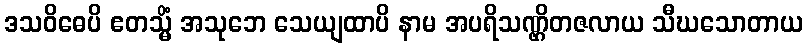
ဒသဝိဓေပိ ဧတသ္မိံ အသုဘေ သေယျထာပိ နာမ အပရိသဏ္ဌိတဇလာယ သီဃသောတာယ